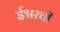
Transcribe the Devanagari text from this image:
ईश्वरची